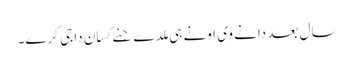
سال بعد دانے وی اونے ہی ملدے جِنے کِسان دا جی کرے۔